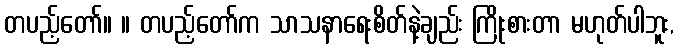
တပည့်တော်။ ။ တပည့်တော်က သာသနာရေးစိတ်နဲ့ချည်း ကြိုးစားတာ မဟုတ်ပါဘူး,